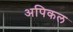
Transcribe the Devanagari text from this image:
अपिकल